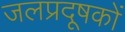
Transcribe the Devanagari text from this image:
जलप्रदूषकों